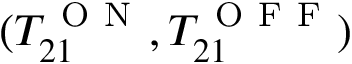
( T _ { 2 1 } ^ { \mathrm { ~ O ~ N ~ } } , T _ { 2 1 } ^ { \mathrm { ~ O ~ F ~ F ~ } } )